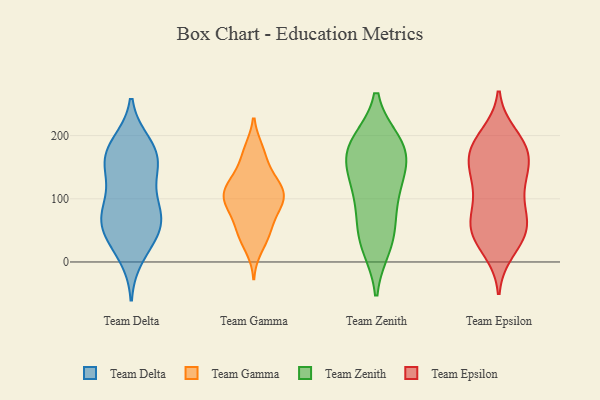
{"axis": {"x": "Page Views", "y": "Value"}, "legend": ["Team Delta", "Team Epsilon", "Team Gamma", "Team Zenith"], "data": [{"x": "", "y": 50, "type": "Team Delta"}, {"x": "", "y": 170, "type": "Team Delta"}, {"x": "", "y": 10, "type": "Team Delta"}, {"x": "", "y": 187, "type": "Team Delta"}, {"x": "", "y": 64, "type": "Team Delta"}, {"x": "", "y": 154, "type": "Team Delta"}, {"x": "", "y": 173, "type": "Team Delta"}, {"x": "", "y": 140, "type": "Team Delta"}, {"x": "", "y": 95, "type": "Team Delta"}, {"x": "", "y": 33, "type": "Team Delta"}, {"x": "", "y": 86, "type": "Team Delta"}, {"x": "", "y": 142, "type": "Team Delta"}, {"x": "", "y": 69, "type": "Team Delta"}, {"x": "", "y": 78, "type": "Team Delta"}, {"x": "", "y": 48, "type": "Team Delta"}, {"x": "", "y": 180, "type": "Team Delta"}, {"x": "", "y": 129, "type": "Team Gamma"}, {"x": "", "y": 82, "type": "Team Gamma"}, {"x": "", "y": 22, "type": "Team Gamma"}, {"x": "", "y": 89, "type": "Team Gamma"}, {"x": "", "y": 160, "type": "Team Gamma"}, {"x": "", "y": 95, "type": "Team Gamma"}, {"x": "", "y": 39, "type": "Team Gamma"}, {"x": "", "y": 88, "type": "Team Gamma"}, {"x": "", "y": 178, "type": "Team Gamma"}, {"x": "", "y": 102, "type": "Team Gamma"}, {"x": "", "y": 106, "type": "Team Gamma"}, {"x": "", "y": 178, "type": "Team Gamma"}, {"x": "", "y": 44, "type": "Team Gamma"}, {"x": "", "y": 120, "type": "Team Gamma"}, {"x": "", "y": 56, "type": "Team Gamma"}, {"x": "", "y": 112, "type": "Team Gamma"}, {"x": "", "y": 55, "type": "Team Gamma"}, {"x": "", "y": 123, "type": "Team Gamma"}, {"x": "", "y": 139, "type": "Team Gamma"}, {"x": "", "y": 106, "type": "Team Gamma"}, {"x": "", "y": 52, "type": "Team Zenith"}, {"x": "", "y": 113, "type": "Team Zenith"}, {"x": "", "y": 166, "type": "Team Zenith"}, {"x": "", "y": 187, "type": "Team Zenith"}, {"x": "", "y": 129, "type": "Team Zenith"}, {"x": "", "y": 99, "type": "Team Zenith"}, {"x": "", "y": 37, "type": "Team Zenith"}, {"x": "", "y": 27, "type": "Team Zenith"}, {"x": "", "y": 166, "type": "Team Zenith"}, {"x": "", "y": 182, "type": "Team Zenith"}, {"x": "", "y": 183, "type": "Team Zenith"}, {"x": "", "y": 200, "type": "Team Epsilon"}, {"x": "", "y": 48, "type": "Team Epsilon"}, {"x": "", "y": 163, "type": "Team Epsilon"}, {"x": "", "y": 66, "type": "Team Epsilon"}, {"x": "", "y": 35, "type": "Team Epsilon"}, {"x": "", "y": 72, "type": "Team Epsilon"}, {"x": "", "y": 135, "type": "Team Epsilon"}, {"x": "", "y": 19, "type": "Team Epsilon"}, {"x": "", "y": 57, "type": "Team Epsilon"}, {"x": "", "y": 60, "type": "Team Epsilon"}, {"x": "", "y": 188, "type": "Team Epsilon"}, {"x": "", "y": 176, "type": "Team Epsilon"}, {"x": "", "y": 138, "type": "Team Epsilon"}, {"x": "", "y": 38, "type": "Team Epsilon"}, {"x": "", "y": 91, "type": "Team Epsilon"}, {"x": "", "y": 124, "type": "Team Epsilon"}, {"x": "", "y": 178, "type": "Team Epsilon"}, {"x": "", "y": 185, "type": "Team Epsilon"}, {"x": "", "y": 164, "type": "Team Epsilon"}, {"x": "", "y": 122, "type": "Team Epsilon"}]}